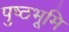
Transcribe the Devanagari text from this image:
पुष्ठभूमि